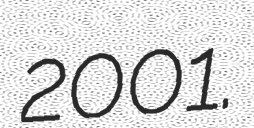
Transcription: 2001.